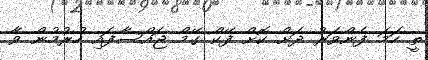
ތީ ހަމަ ފެންވަރު ދަށް ކޮށް ފޭކް ގޭމް ޖައްސާފައި ހުރުމުން ވާ